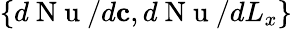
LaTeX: \{ d\mathrm{~N~u~}/d\mathbf{c},d\mathrm{~N~u~}/dL_{x}\}